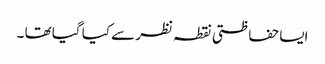
ایسا حفاظتی نقطہ نظر سے کیا گیا تھا ۔